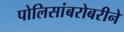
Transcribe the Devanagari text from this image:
पोलिसांबरोबरीने